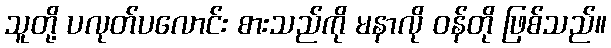
သူတို့ ပလုတ်ပလောင်း စားသည်ကို မနာလို ဝန်တို ဖြစ်သည်။